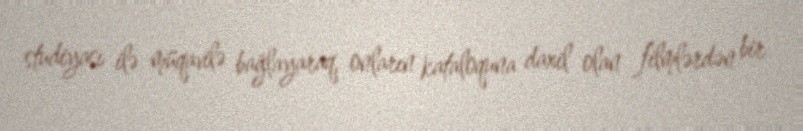
studiyası ilə müqavilə bağlayaraq, onların kataloquna daxil olan filmlərdən bir